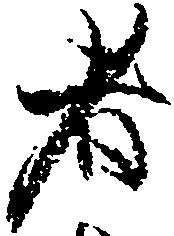
者